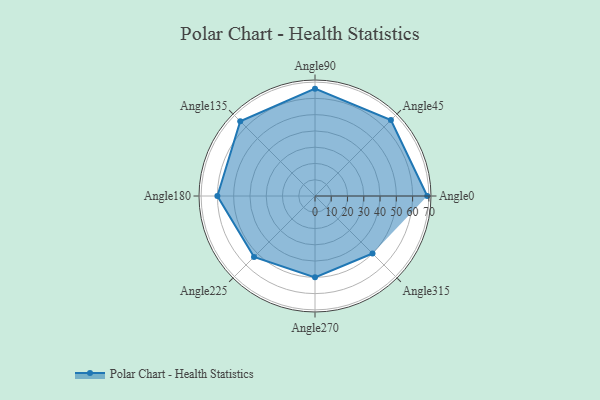
{"axis": {"x": "Angle", "y": "Radius"}, "legend": [""], "data": [{"x": "Angle0", "y": 69.0, "type": ""}, {"x": "Angle45", "y": 66.0, "type": ""}, {"x": "Angle90", "y": 66.0, "type": ""}, {"x": "Angle135", "y": 65.0, "type": ""}, {"x": "Angle180", "y": 60.0, "type": ""}, {"x": "Angle225", "y": 53.0, "type": ""}, {"x": "Angle270", "y": 50, "type": ""}, {"x": "Angle315", "y": 50, "type": ""}]}